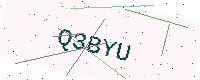
Text: Q3BYU